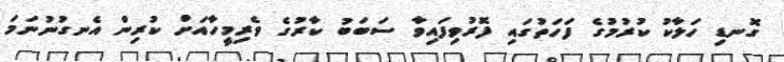
ގޮނޑި ހަލާކު ކުރުމުގެ ފަހަތުގައި ފޮރުވިފައިވާ ސަބަބު ކާރުގެ ވެރިމީހާއަށް ކުރިން އެނގުނުނަމަ